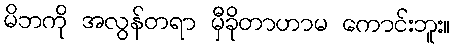
မိဘကို အလွန်တရာ မှီခိုတာဟာမ ကောင်းဘူး။